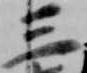
三